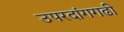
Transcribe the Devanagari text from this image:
उपरदांगगढी